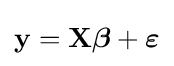
\mathbf {y} =\mathbf {X} {\boldsymbol {\beta }}+{\boldsymbol {\varepsilon }}